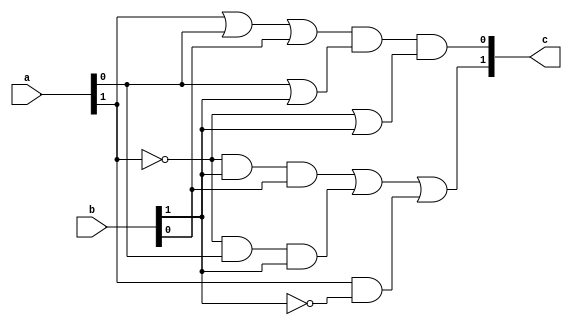
`timescale 1ns / 1ns
module source(c, a, b);

input wire [1:0] a; // 2 bit
input wire [1:0] b; // 2 bit
output wire [1:0] c; // 2 bit

// p  a[1]
// q  a[0]
// r  b[1]
// s  b[0]

wire np;
wire nr;

not(np,a[1] );
not(nr,b[1] );

// c1  = p'rs+  p'qr + pr' 
wire nprs;
wire npqr;
wire pnr;

and(nprs, np, b[1], b[0]);
and(npqr, np, a[0], b[1]);
and(pnr, a[1], nr);

or(c[1], nprs, npqr, pnr);

//c0 = (p + q  + s)( q + r )(p' + r )
wire _pqs;
wire _qr;
wire _npr;

or(_pqs, a[1], a[0], b[0]);
or(_qr, a[0], b[1]);
or(_npr, np, b[1]);

and(c[0], _pqs, _qr, _npr);


endmodule